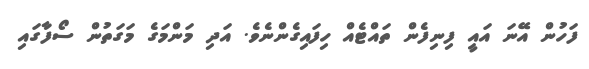
ފަހުން އޭނަ އައީ ފިނިފެން ތައްޓެއް ހިފައިގެންނެވެ. އަދި މަންމަގެ މަގަތުން ސޯފާގައި